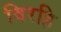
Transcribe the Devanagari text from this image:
विरहि